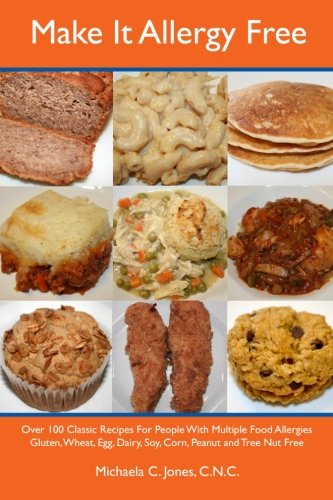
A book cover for Make It Allergy Free: Over 100 Classic Recipes For People With Multiple Food Allergies; Michaela C. Jones; Health, Fitness & Dieting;